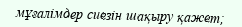
мұғалімдер сиезін шақыру қажет;